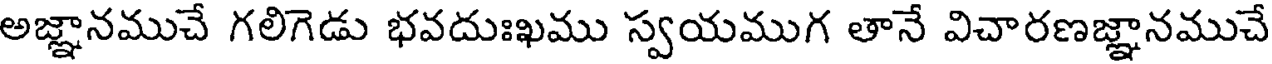
అజ్ఞానముచే గలిగెడు భవదుఃఖము స్వయముగ తానే విచారణజ్ఞానముచే